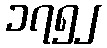
၁၇၅၂